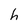
Character: h